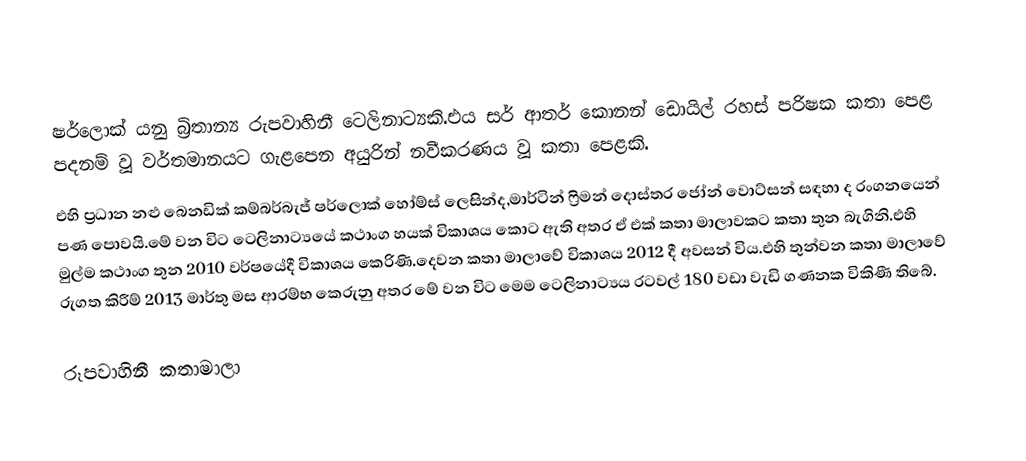
ෂර්ලොක් යනු බ්‍රිතාන්‍ය රුපවාහිනී ටෙලිනාට්‍යකි.එය සර් ආතර් කොනන් ඩොයිල් රහස් පරිෂක කතා පෙළ පදනම් වූ වර්තමානයට ගැළපෙන අයුරින් නවීකරණය වූ කතා පෙළකි.
එහි ප්‍රධාන නළු බෙනඩික් කම්බර්බැජ් ෂර්ලොක් හෝම්ස් ලෙසින්ද,මාර්ටින් ෆ්‍රිමන් දොස්තර ජෝන් වොට්සන් සඳහා ද රංගනයෙන් පණ පොවයි.මේ වන විට ටෙලිනාට්‍යයේ කථාංග හයක් විකාශය කොට ඇති අතර ඒ එක් කතා මාලාවකට කතා තුන බැගිනි.එහි මුල්ම කථාංග තුන 2010 වර්ෂයේදී විකාශය කෙරිණි.දෙවන කතා මාලාවේ විකාශය 2012 දී අවසන් විය.එහි තුන්වන කතා මාලාවේ රුගත කිරීම් 2013 මාර්තු මස ආරම්භ කෙරුනු අතර මේ වන විට මෙම ටෙලිනාට්‍යය රටවල් 180 වඩා වැඩි ගණනක විකිණී තිබේ.

රූපවාහිනී කතාමාලා